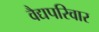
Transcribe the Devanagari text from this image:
वैद्यपरिवार